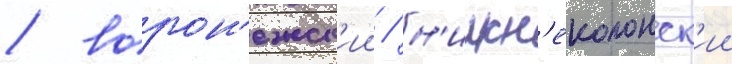
/ ворон'ежск'ии / н'ижн'еколонск'ии